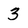
Character: 3